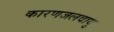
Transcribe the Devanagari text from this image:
कारणजलवायु